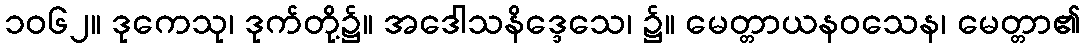
၁၀၆၂။ ဒုကေသု၊ ဒုက်တို့၌။ အဒေါသနိဒ္ဒေသေ၊ ၌။ မေတ္တာယနဝသေန၊ မေတ္တာ၏